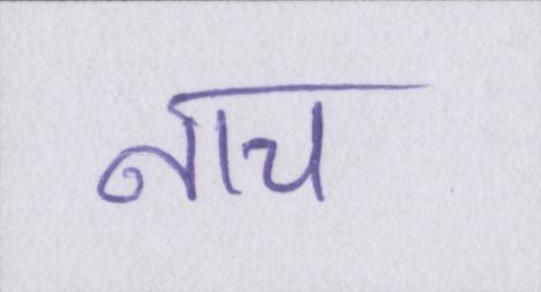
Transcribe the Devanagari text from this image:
नाच